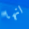
انها